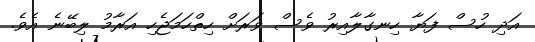
އަދި ހުސް ފަޔާ ހިނގާލާއިރު ވެސް ވަރަށް ހިތްހަމަޖެހި އަރާމު ލިބޭނެ އެވެ.